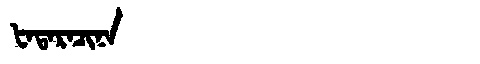
Manchu: ᡶᠠᡨᠠᡵᠠᠴᡳᠨᠠ
Romanization: FATARACINA